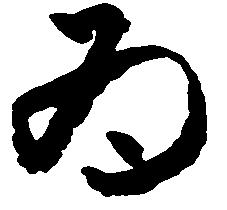
為